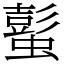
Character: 蟚